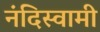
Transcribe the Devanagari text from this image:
नंदिस्वामी